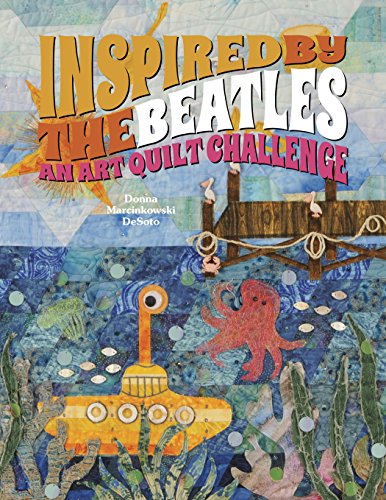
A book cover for Inspired by the Beatles: An Art Quilt Challenge; Donna DeSoto; Humor & Entertainment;